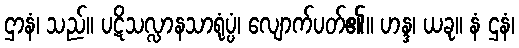
ဌာနံ၊ သည်။ ပဋိသလ္လာနသာရုံပ္ပံ၊ လျောက်ပတ်၏။ ဟန္ဒ၊ ယခု။ နံ ဌနံ၊